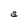
Character: a